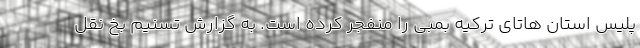
پلیس استان هاتای ترکیه بمبی را منفجر کرده است. به گزارش تسنیم بخ نقل